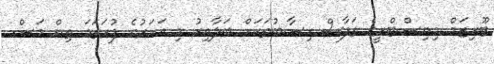
ޓޫރިޒަމް މިނިސްޓްރީގެ ތަފާސް ހިސާބުތަކަށް ބަލާއިރު މި އަހަރުގެ ފުރަތަމަ ތިން މަސް